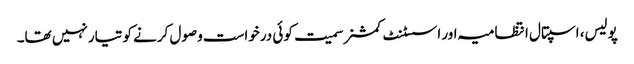
پولیس، اسپتال انتظامیہ اور اسسٹنٹ کمشنر سمیت کوئی درخواست وصول کرنے کو تیار نہیں تھا۔